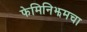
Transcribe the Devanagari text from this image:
फेमिनिझमचा